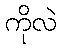
ကိုလဲ